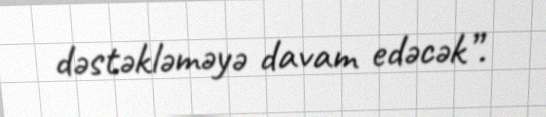
dəstəkləməyə davam edəcək”.